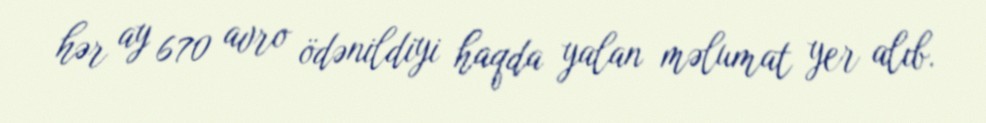
hər ay 670 avro ödənildiyi haqda yalan məlumat yer alıb.